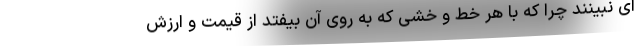
ای نبینند چرا که با هر خط و خشی که به روی آن بیفتد از قیمت و ارزش